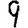
Digit: 9